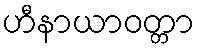
ဟီနာယာဝတ္တာ